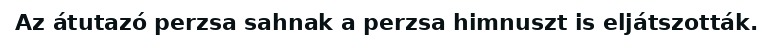
Az átutazó perzsa sahnak a perzsa himnuszt is eljátszották.